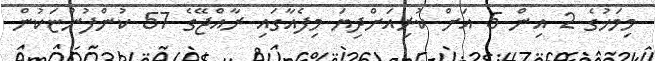
މިމަހުގެ 2 އިން 5 އަށް ކުރިއަށްދިޔަ މިފެއާގައި ރާއްޖޭގެ 57 ކުންފުންޏަކުން